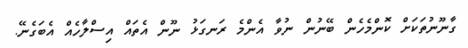
ގާނޫނުތަކަށް ކޮންމެހެން ބޭނުން ނުވާ އެންމެ ރަނގަޅު ނޫން އެތައް އިސްލާހެއް އެބަގެނޭ.